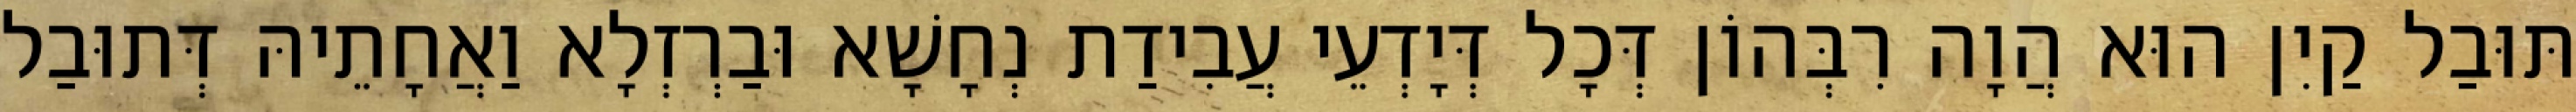
תּוּבַל קַיִן הוּא הֲוָה רִבְּהוֹן דְּכָל דְּיָדְעֵי עֲבִידַת נְחָשָׁא וּבַרְזְלָא וַאֲחָתֵיהּ דְּתוּבַל